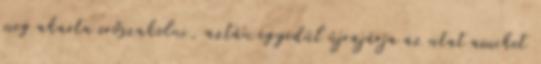
meg akarta erőszakolni, aztán egyedül újrajárja az utat amiket